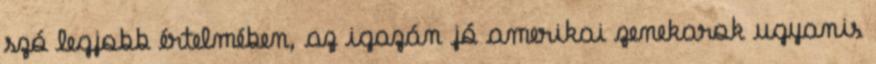
szó legjobb értelmében, az igazán jó amerikai zenekarok ugyanis